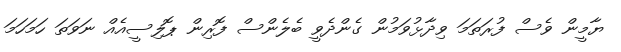
ޔާމީން ވެސް ފުރަތަމަ ވިދާޅުވަމުން ގެންދެވީ ބެލެންސް ފޮރިން ޕޮލިސީއެއް ނަވަތަ ހަމަހަމަ